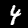
Label: 4